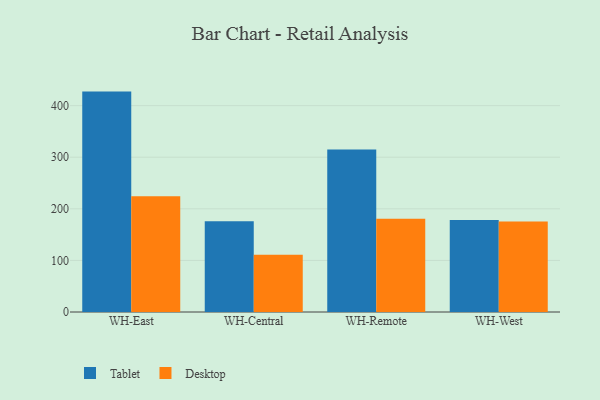
{"axis": {"x": "Warehouse", "y": "Headcount"}, "legend": ["Desktop", "Tablet"], "data": [{"x": "WH-East", "y": 427.2, "type": "Tablet"}, {"x": "WH-East", "y": 224.4, "type": "Desktop"}, {"x": "WH-Central", "y": 176.1, "type": "Tablet"}, {"x": "WH-Central", "y": 110.8, "type": "Desktop"}, {"x": "WH-Remote", "y": 314.8, "type": "Tablet"}, {"x": "WH-Remote", "y": 180.9, "type": "Desktop"}, {"x": "WH-West", "y": 178.1, "type": "Tablet"}, {"x": "WH-West", "y": 175.2, "type": "Desktop"}]}